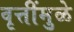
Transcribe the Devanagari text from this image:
वृत्तींमुळे